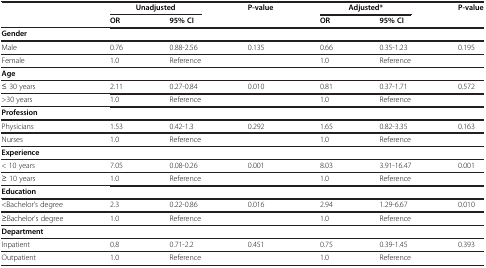
|  | <COLSPAN=2> Unadjusted | P-value | <COLSPAN=2> Adjusted* | P-value |
 |  | OR | 95% CI |  | OR | 95% CI |  |
 | --- | --- | --- | --- | --- | --- | --- |
 | <COLSPAN=7> Gender |
 | Male | 0.76 | 0.88-2.56 | 0.135 | 0.66 | 0.35-1.23 | 0.195 |
 | Female | 1.0 | Reference |  | 1.0 | Reference |  |
 | <COLSPAN=7> Age |
 | ≤ 30 years | 2.11 | 0.27-0.84 | 0.010 | 0.81 | 0.37-1.71 | 0.572 |
 | >30 years | 1.0 | Reference |  | 1.0 | Reference |  |
 | <COLSPAN=7> Profession |
 | Physicians | 1.53 | 0.42-1.3 | 0.292 | 1.65 | 0.82-3.35 | 0.163 |
 | Nurses | 1.0 | Reference |  | 1.0 | Reference |  |
 | <COLSPAN=7> Experience |
 | < 10 years | 7.05 | 0.08-0.26 | 0.001 | 8.03 | 3.91-16.47 | 0.001 |
 | ≥ 10 years | 1.0 | Reference |  | 1.0 | Reference |  |
 | <COLSPAN=7> Education |
 | <Bachelor’s degree | 2.3 | 0.22-0.86 | 0.016 | 2.94 | 1.29-6.67 | 0.010 |
 | ≥Bachelor’s degree | 1.0 | Reference |  | 1.0 | Reference |  |
 | <COLSPAN=7> Department |
 | Inpatient | 0.8 | 0.71-2.2 | 0.451 | 0.75 | 0.39-1.45 | 0.393 |
 | Outpatient | 1.0 | Reference |  | 1.0 | Reference |  |